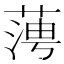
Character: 𦶊